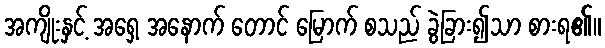
အကျိုးနှင့် အရှေ့ အနောက် တောင် မြောက် စသည် ခွဲခြား၍သာ စားရ၏။